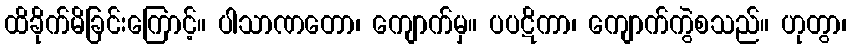
ထိခိုက်မိခြင်းကြောင့်။ ပါသာဏတော၊ ကျောက်မှ။ ပပဋိကာ၊ ကျောက်ကွဲစသည်။ ဟုတွာ၊